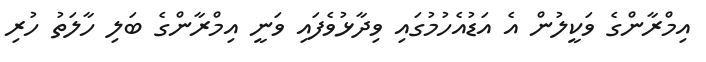
އިމްރާންގެ ވަކީލުން އެ އަޑުއެހުމުގައި ވިދާޅުވެފައި ވަނީ އިމްރާންގެ ބަލި ހާލަތު ހުރި